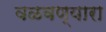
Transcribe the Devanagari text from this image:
वळवण्यारा